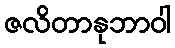
ဇလိတာနုဘာဝါ